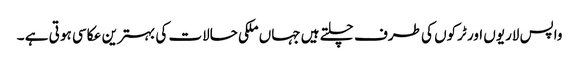
واپس لاریوں اور ٹرکوں کی طرف چلتے ہیں جہاں ملکی حالات کی بہترین عکاسی ہو تی ہے ۔